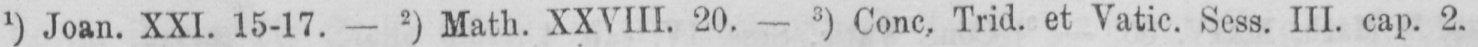
1) Joan. XXI. 15-17. - 2) Math. XXVIII. 20. - 3) Conc, Trid. et Vatic. Sess. III. cap. 2.